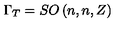
\Gamma _ { T } = S O \left( n , n , Z \right)